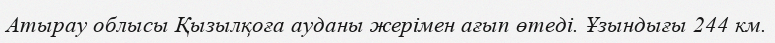
Атырау облысы Қызылқоға ауданы жерімен ағып өтеді. Ұзындығы 244 км.